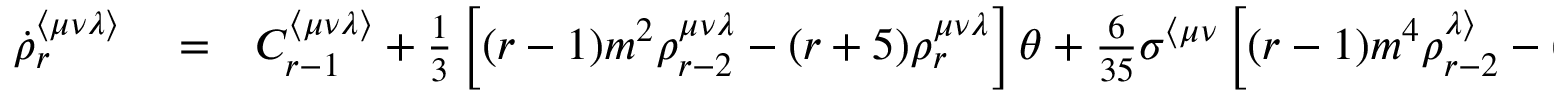
\begin{array} { r l r } { \dot { \rho } _ { r } ^ { \langle \mu \nu \lambda \rangle } } & { { } = } & { C _ { r - 1 } ^ { \langle \mu \nu \lambda \rangle } + \frac { 1 } { 3 } \left[ ( r - 1 ) m ^ { 2 } \rho _ { r - 2 } ^ { \mu \nu \lambda } - ( r + 5 ) \rho _ { r } ^ { \mu \nu \lambda } \right] \theta + \frac { 6 } { 3 5 } \sigma ^ { \langle \mu \nu } \left[ ( r - 1 ) m ^ { 4 } \rho _ { r - 2 } ^ { \lambda \rangle } - ( 2 r + 5 ) m ^ { 2 } \rho _ { r } ^ { \lambda \rangle } + ( r + 6 ) \rho _ { r + 2 } ^ { \lambda \rangle } \right] + } \end{array}